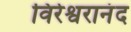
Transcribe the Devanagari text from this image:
विरेश्वरानंद